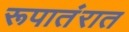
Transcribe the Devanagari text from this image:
रूपातंरात